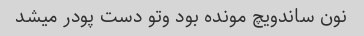
نون ساندویچ مونده بود وتو دست پودر میشد